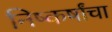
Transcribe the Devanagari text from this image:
निष्कर्षांचा